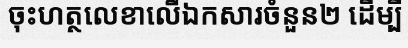
ចុះហត្ថលេខាលើឯកសារចំនួន២ ដើម្បី